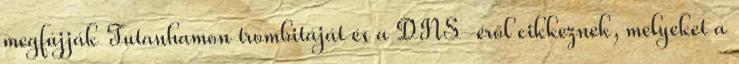
megfújják Tutanhamon trombitáját és a DNS-éről cikkeznek, melyeket a